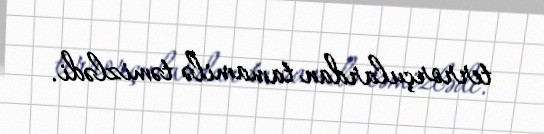
terrorçulardan tamamilə təmizlədi.